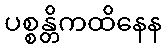
ပစ္စန္တိကထိနေန